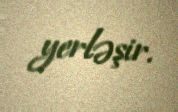
yerləşir.